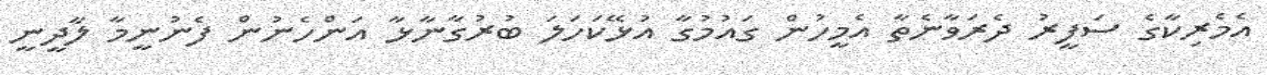
އެމެރިކާގެ ސަފީރު ދެރަވާނެތާ އެމީހުން ގައުމުގާ އުޅޭކަހަލަ ބުރުގާނާޅާ އަންހެނުން ފެނުނީމާ ލާދީނީ